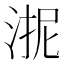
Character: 𭰬